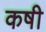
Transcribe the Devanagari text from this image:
कषी